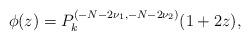
LaTeX: \begin{align*}\phi(z)= P_k^{(-N-2\nu_1,-N-2\nu_2)}(1+2z),\end{align*}